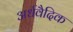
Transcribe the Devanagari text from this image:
अर्धवैदिक